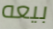
بيعه